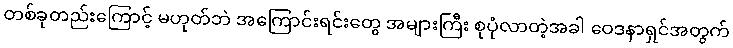
တစ်ခုတည်းကြောင့် မဟုတ်ဘဲ အကြောင်းရင်းတွေ အများကြီး စုပုံလာတဲ့အခါ ဝေဒနာရှင်အတွက်